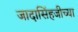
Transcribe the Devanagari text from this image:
जादासिंहजीच्या